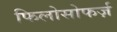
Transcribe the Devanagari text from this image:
फिलोसोफर्ज़